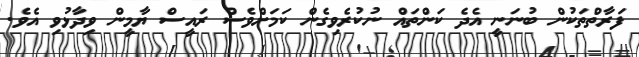
ފަރާތްތަކުން ބުނަނީ އެދެ ކަންތައް ނުކުރެވިގެން ކަމަށްވެސް ރައީސް ޔާމީން ވިދާޅުވި އެވެ.